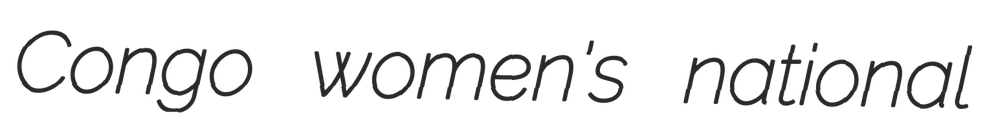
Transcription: Congo women's national